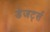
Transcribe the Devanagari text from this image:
डेजर्ट्स